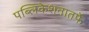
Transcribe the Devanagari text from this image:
पब्लिकेशनातर्फे